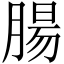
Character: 腸